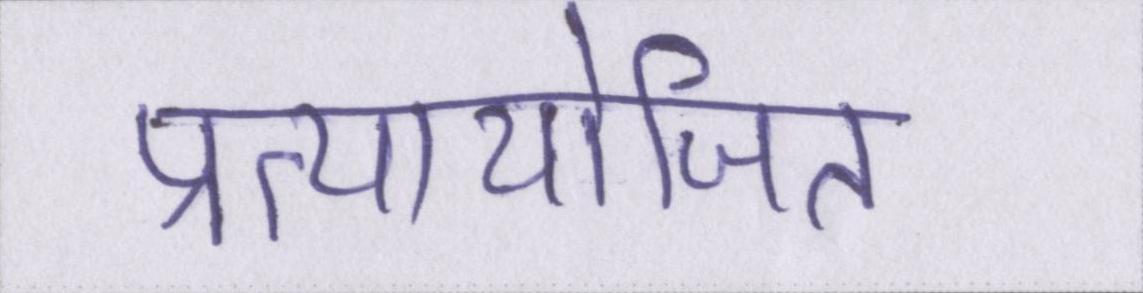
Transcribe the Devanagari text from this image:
प्रत्यायोजित